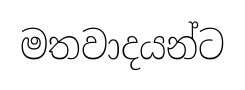
මතවාදයන්ට